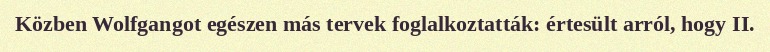
Közben Wolfgangot egészen más tervek foglalkoztatták: értesült arról, hogy II.